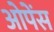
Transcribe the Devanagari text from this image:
ओपेंस